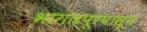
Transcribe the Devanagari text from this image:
भागलपूरपासून